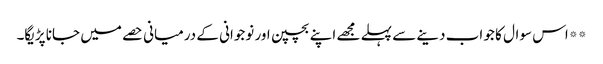
**اس سوال کا جو اب دینے سے پہلے مجھے اپنے بچپن اور نوجوانی کے درمیانی حصے میں جانا پڑیگا۔